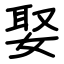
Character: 娶